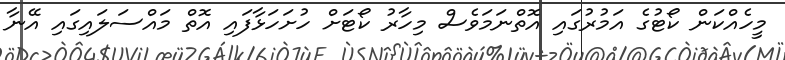
މީހެއްކަން ކޯޓުގެ އަމުރުގައި އޮތްނަމަވެސް މިހާރު ކޯޓަށް ހުށަހަޅާފައި އޮތް މައްސަލައިގައި އޭނާ